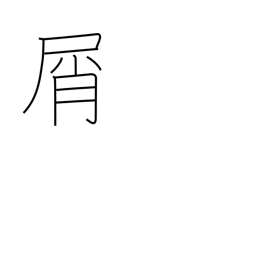
Meaning: waste